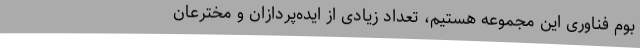
بوم فناوری این مجموعه هستیم، تعداد زیادی از ایده‌پردازان و مخترعان